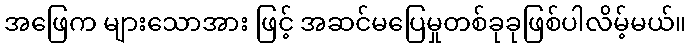
အဖြေက များသောအား ဖြင့် အဆင်မပြေမှုတစ်ခုခုဖြစ်ပါလိမ့်မယ်။